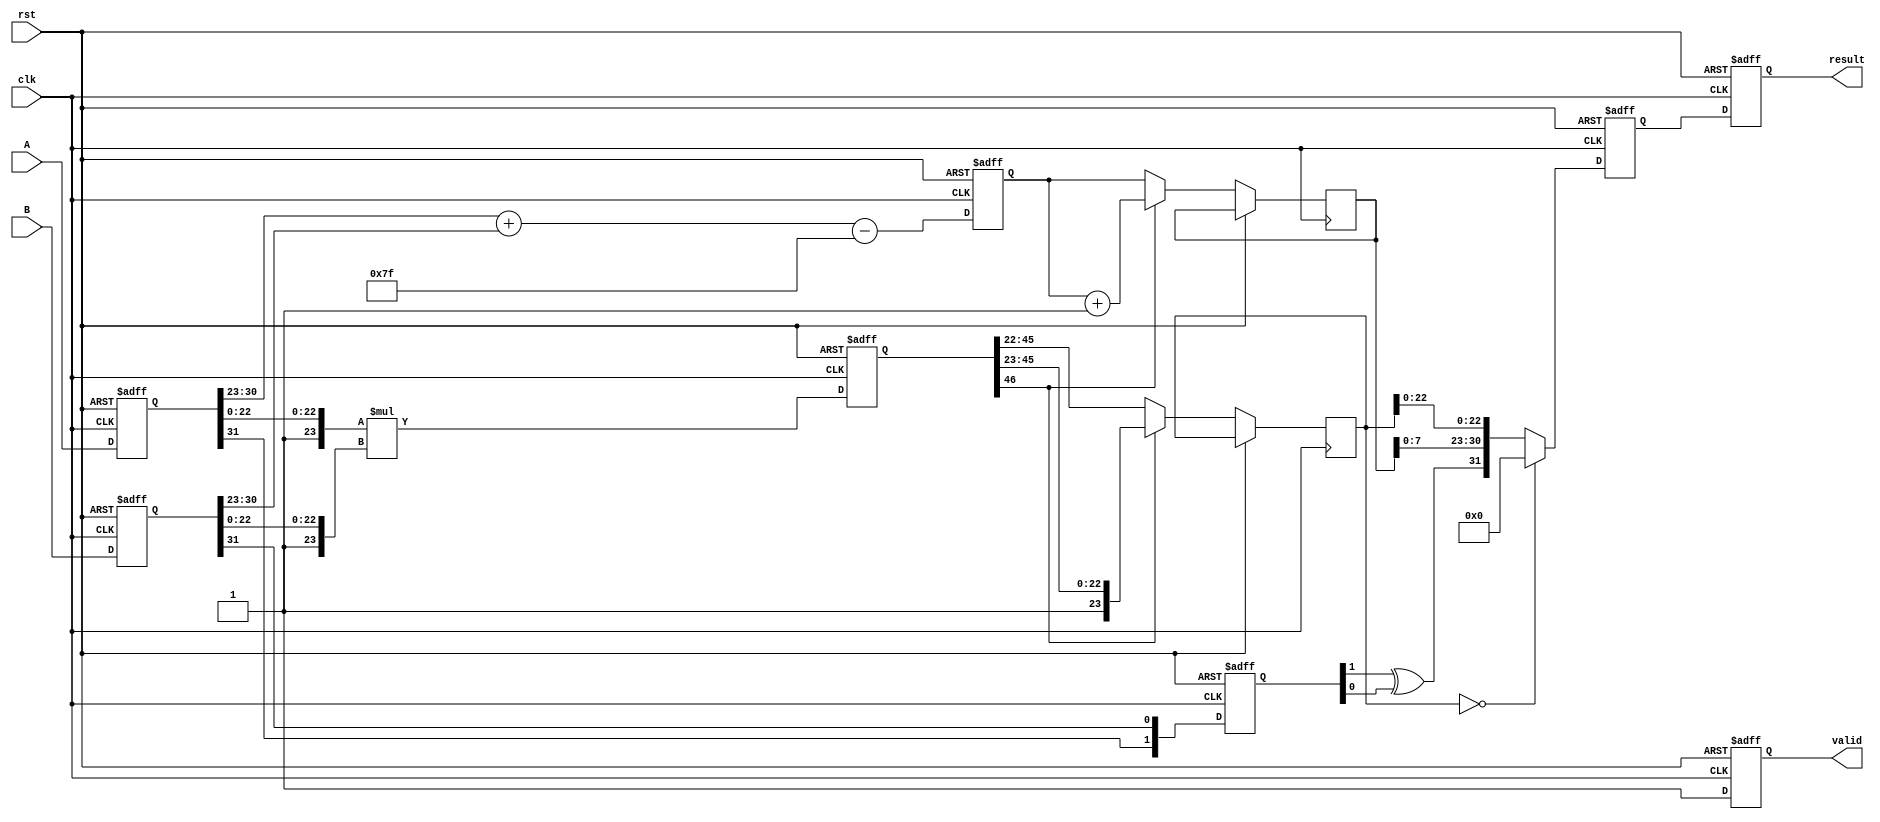
module fp_multiplier (
    input clk,
    input rst,
    input [31:0] A, // Input A
    input [31:0] B, // Input B
    output reg [31:0] result, // Result output
    output reg valid // Indicates when the result is valid
);

// Pipeline registers
reg [31:0] A_reg, B_reg; // Stage 0
reg [1:0] sign; // Stage 1
reg [8:0] exp; // Stage 1
reg [46:0] mant; // Stage 2
reg [8:0] exp_out; // Stage 3
reg [23:0] mant_out; // Stage 3
reg [31:0] final_result; // Final output

// Constants
parameter BIAS = 8'd127;

// Stage 0: Input registration
always @(posedge clk or posedge rst) begin
    if (rst) begin
        A_reg <= 32'b0;
        B_reg <= 32'b0;
        valid <= 0;
    end else begin
        A_reg <= A;
        B_reg <= B;
        valid <= 1; // Valid output after first clock cycle
    end
end

// Stage 1: Decomposition and sign, exponent calculation
always @(posedge clk or posedge rst) begin
    if (rst) begin
        sign <= 2'b0;
        exp <= 9'b0;
    end else begin
        sign <= {A_reg[31], B_reg[31]};
        exp <= {1'b0, A_reg[30:23]} + {1'b0, B_reg[30:23]} - BIAS; // Add exponents and subtract bias
    end
end

// Stage 2: Mantissa multiplication
always @(posedge clk or posedge rst) begin
    if (rst) begin
        mant <= 47'b0; // 46 bits for mantissa + 1 implicit bit
    end else begin
        // Multiply mantissas (with implicit leading 1)
        mant <= {1'b1, A_reg[22:0]} * {1'b1, B_reg[22:0]};
    end
end

// Stage 3: Normalization and output registration
always @(posedge clk or posedge rst) begin
    if (rst) begin
        final_result <= 32'b0;
    end else begin
        // Check for normalization
        if (mant[46]) begin
            mant_out <= mant[46:23]; // Normalized, keep top 23 bits
            exp_out <= exp + 1; // Increment exponent
        end else begin
            mant_out <= mant[45:22]; // Shift right
            exp_out <= exp; // No change to exponent
        end
        
        // Handle zero case
        if (mant_out == 24'b0) begin
            final_result <= {1'b0, 8'b0, 23'b0}; // Zero result
        end else begin
            final_result <= {sign[1] ^ sign[0], exp_out[7:0], mant_out[22:0]};
        end
    end
end

// Final output assignment
always @(posedge clk or posedge rst) begin
    if (rst) begin
        result <= 32'b0;
    end else begin
        result <= final_result; // Output the final result
    end
end

endmodule